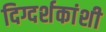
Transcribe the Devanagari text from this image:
दिग्दर्शकांशी